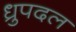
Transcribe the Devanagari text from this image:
ध्रुपदल